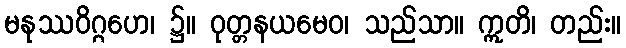
မနုဿဝိဂ္ဂဟေ၊ ၌။ ဝုတ္တနယမေဝ၊ သည်သာ။ ဣတိ၊ တည်း။